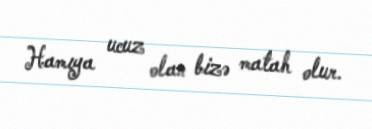
Hamıya ucuz olan bizə matah olur.